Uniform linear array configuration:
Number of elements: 4
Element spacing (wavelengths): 0.75
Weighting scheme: blackman
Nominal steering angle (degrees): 60
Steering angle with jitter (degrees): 59.503
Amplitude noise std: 0.05
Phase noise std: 0.05

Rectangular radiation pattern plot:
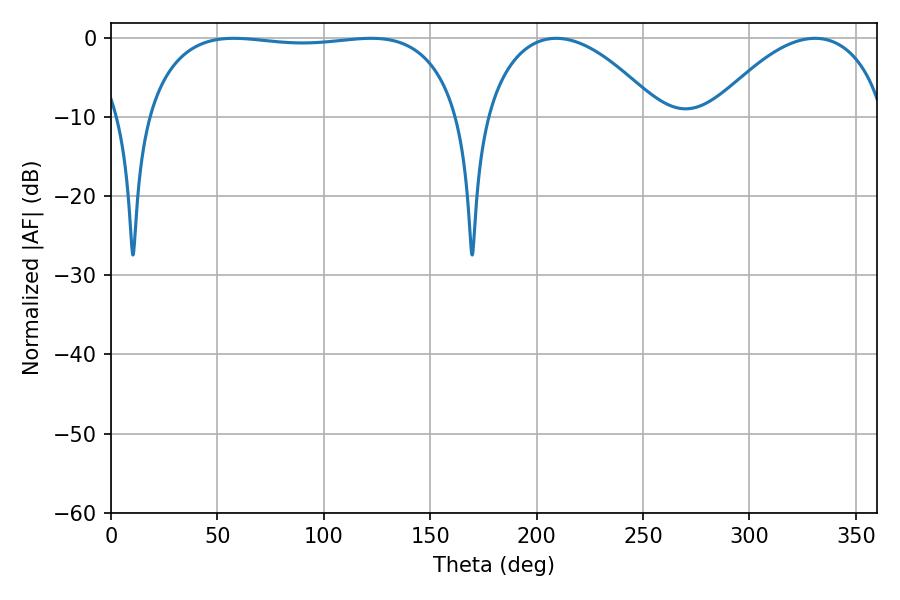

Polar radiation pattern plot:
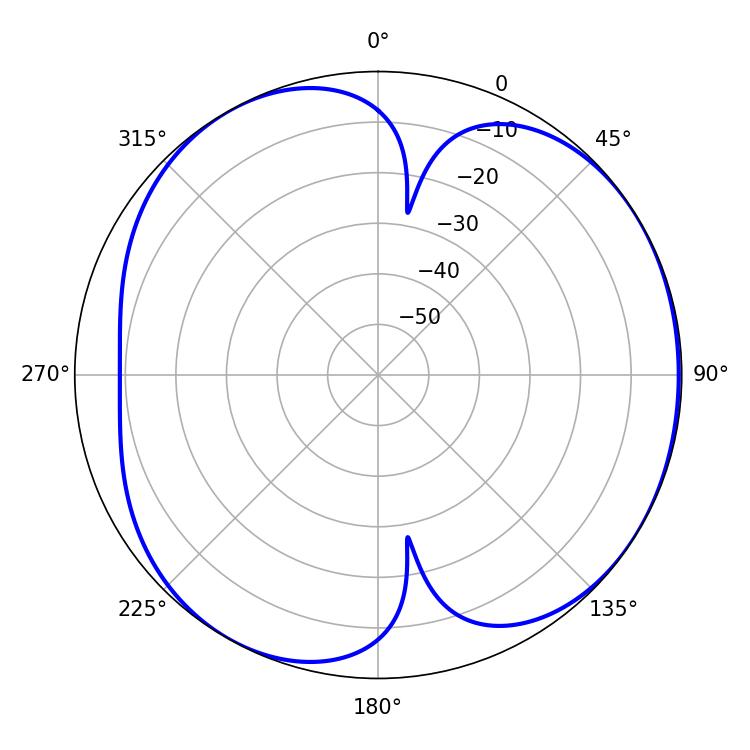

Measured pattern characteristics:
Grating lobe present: TRUE
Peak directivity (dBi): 4.817
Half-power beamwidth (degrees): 118.08
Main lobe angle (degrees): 57.78